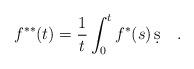
LaTeX: \begin{align*}f^{**}(t) = \frac{1}{t}\int_{0}^{t} f^*(s)\,\d s\quad.\end{align*}